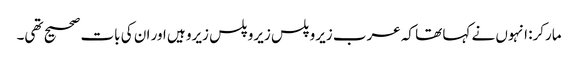
مارکر: انہوں نے کہا تھا کہ عرب زیرو پلس زیرو پلس زیرو ہیں اور ان کی بات صحیح تھی۔